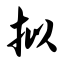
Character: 拟